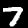
Label: 7